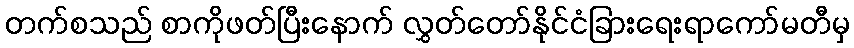
တက်စသည် စာကိုဖတ်ပြီးနောက် လွှတ်တော်နိုင်ငံခြားရေးရာကော်မတီမှ